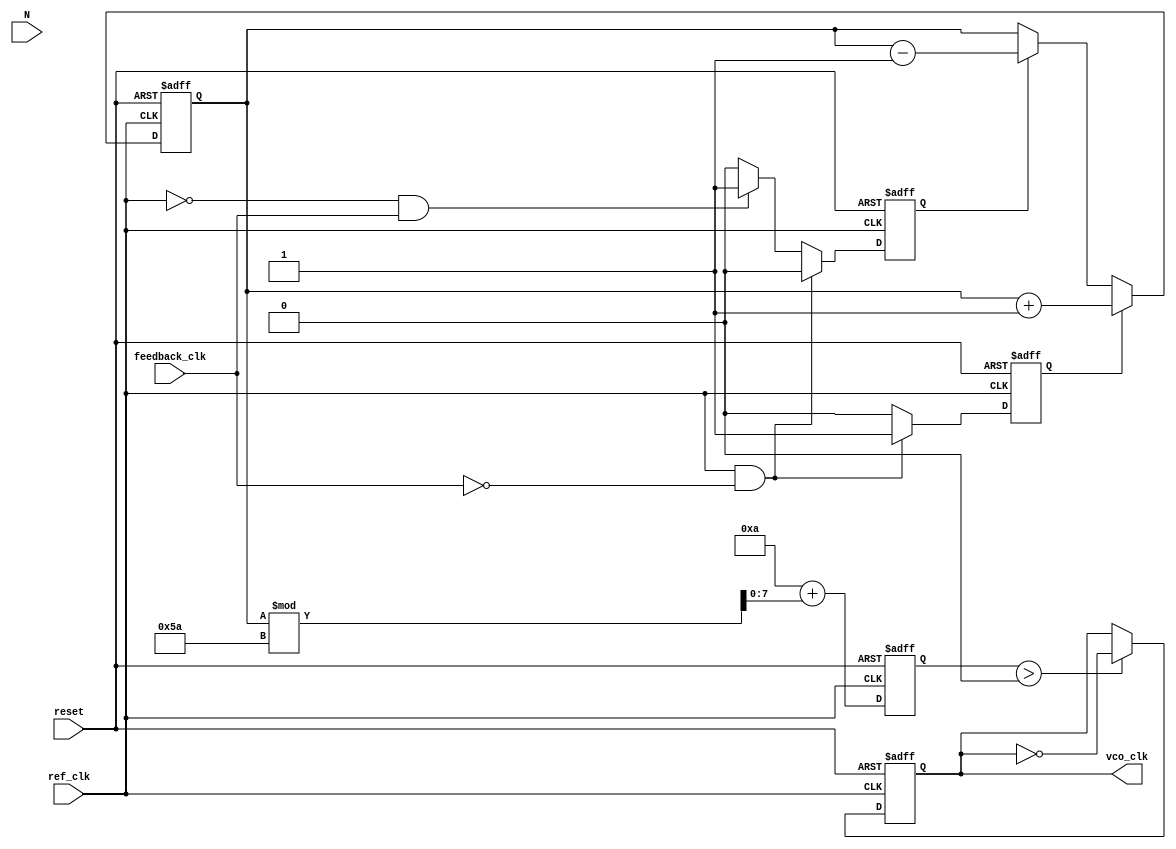
module integer_n_pll (
    input wire ref_clk,          // Reference clock input
    input wire reset,           // Asynchronous reset
    input wire feedback_clk,     // Feedback clock from divider
    input wire [N-1:0] N,       // Division ratio (N)
    output reg vco_clk          // Output clock from VCO
);

parameter N = 4;               // Example division ratio
parameter VCO_MAX_FREQ = 100; // Maximum VCO frequency (arbitrary units)
parameter VCO_MIN_FREQ = 10;  // Minimum VCO frequency (arbitrary units)

reg up, down;                  // Signals from PFD
reg [7:0] control_voltage;     // Control voltage for VCO
reg [7:0] vco_freq;           // Current frequency of VCO
reg [3:0] counter;            // Counter for feedback division

// Phase Frequency Detector (PFD)
always @(posedge ref_clk or posedge reset) begin
    if (reset) begin
        up <= 0;
        down <= 0;
    end else begin
        if (ref_clk && !feedback_clk) begin
            up <= 1;   // Reference clock leads feedback clock
            down <= 0;
        end else if (!ref_clk && feedback_clk) begin
            up <= 0;
            down <= 1; // Feedback clock leads reference clock
        end else begin
            up <= 0;
            down <= 0; // No phase difference
        end
    end
end

// Charge Pump
always @(posedge ref_clk or posedge reset) begin
    if (reset) begin
        control_voltage <= 8'b0;
    end else begin
        if (up) begin
            control_voltage <= control_voltage + 1; // Increase control voltage
        end else if (down) begin
            control_voltage <= control_voltage - 1; // Decrease control voltage
        end
    end
end

// Loop Filter (simple first-order)
always @(posedge ref_clk or posedge reset) begin
    if (reset) begin
        vco_freq <= VCO_MIN_FREQ; // Initialize VCO frequency
    end else begin
        // Adjust VCO frequency based on control voltage
        vco_freq <= VCO_MIN_FREQ + (control_voltage % (VCO_MAX_FREQ - VCO_MIN_FREQ));
    end
end

// Voltage-Controlled Oscillator (VCO)
always @(posedge ref_clk or posedge reset) begin
    if (reset) begin
        vco_clk <= 0;
    end else begin
        // Generate VCO clock based on frequency
        if (vco_freq > 0) begin
            vco_clk <= ~vco_clk; // Toggle clock for VCO output
        end
    end
end

// Divider
always @(posedge vco_clk or posedge reset) begin
    if (reset) begin
        counter <= 0;
    end else begin
        if (counter == N-1) begin
            counter <= 0; // Reset counter
        end else begin
            counter <= counter + 1; // Increment counter
        end
    end
end

endmodule